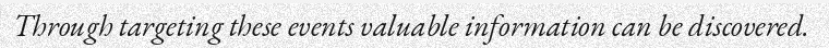
Through targeting these events valuable information can be discovered.